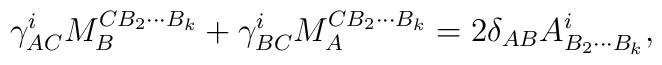
\gamma^i_{AC}M_B^{CB_2\cdots B_k}+\gamma^i_{BC}M_A^{CB_2\cdots B_k}=2\delta_{AB}{A}^i_{B_2\cdots B_k},